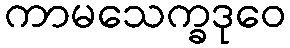
ကာမသေက္ခဒုဝေ